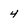
Character: 4